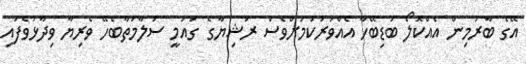
އޭގެ ބާރުމިން އެއްކޮލޯ ބަޑިބޭހާ އެއްވަރުކަމަށްވެސް ރަޝިޔާގެ ގައުމީ ސަލާމަތާބެހޭ ވެރިޔާ ވިދާޅުވެފައި